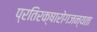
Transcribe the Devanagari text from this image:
प्रतिरक्षारोगजन्यता